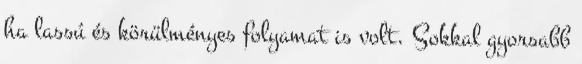
ha lassú és körülményes folyamat is volt. Sokkal gyorsabb